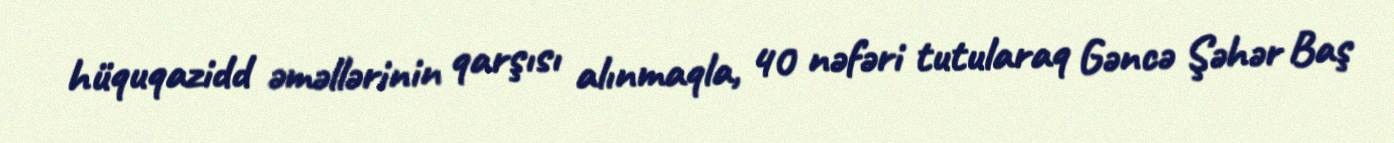
hüquqazidd əməllərinin qarşısı alınmaqla, 40 nəfəri tutularaq Gəncə Şəhər Baş